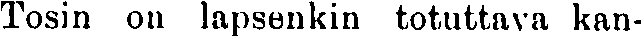
Tosin on lapsenkin totuttava kan-